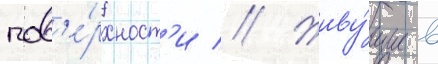
пов'е́рхност'и // Живу́щие в